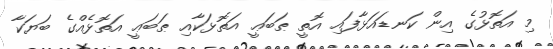
މި އަތޮޅުގެ އިން ކަނޑައަޅާފައި އޮތީ ޠަބަޢީ އަތޮޅަކާއި ޠަބަޢީ އަތޮޅެއްގެ ބަޔަކާ